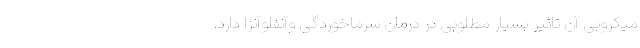
میکروبی آن تاثیر بسیار مطلوبی در درمان سرماخوردگی وآنفلوآنزا دارد.